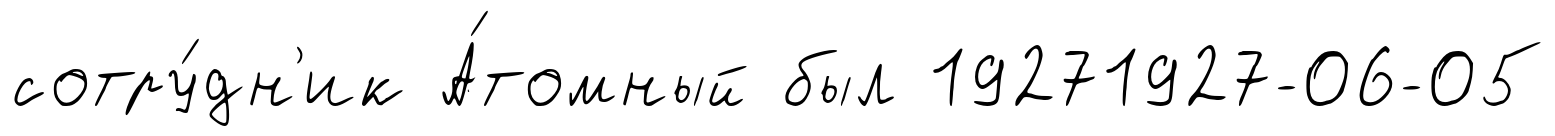
сотру́дн'ик А́томный был 19271927-06-05